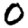
Digit: 0